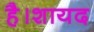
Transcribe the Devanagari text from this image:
है।शायद